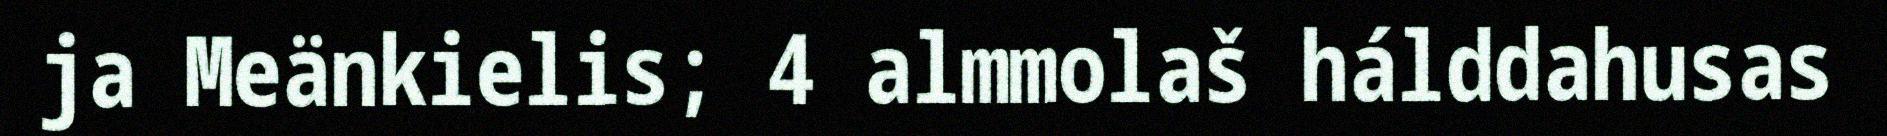
ja Meänkielis; 4 almmolaš hálddahusas